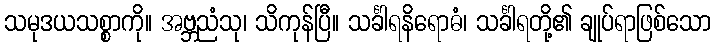
သမုဒယသစ္စာကို။ အဗ္ဘညံသု၊ သိကုန်ပြီ။ သင်္ခါရနိရောဓံ၊ သင်္ခါရတို့၏ ချုပ်ရာဖြစ်သော